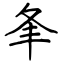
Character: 夆